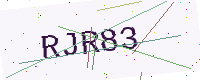
Text: RJR83